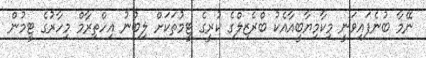
ނޭމާ ބުނެފައިވަނީ މިކާމިޔާބީއާއެކު ބްރެޒިލްގެ ކުރީގެ ޓީމުތަކަށް ލިބުނު އިހްތިރާމް މިހާރުގެ ޓީމުން